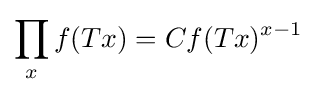
\prod _{x}f(Tx)=Cf(Tx)^{x-1}